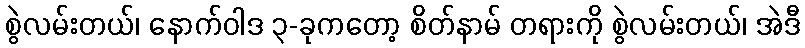
စွဲလမ်းတယ်၊ နောက်ဝါဒ ၃-ခုကတော့ စိတ်နာမ် တရားကို စွဲလမ်းတယ်၊ အဲဒီ